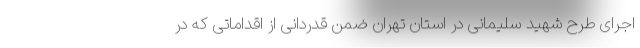
اجرای طرح شهید سلیمانی در استان تهران ضمن قدردانی از اقداماتی که در